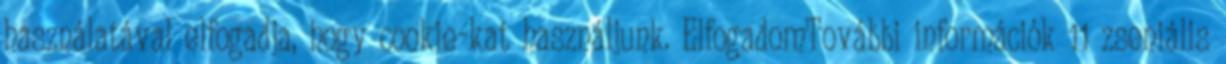
használatával elfogadja, hogy cookie-kat használjunk. ElfogadomTovábbi információk 11 zseniális